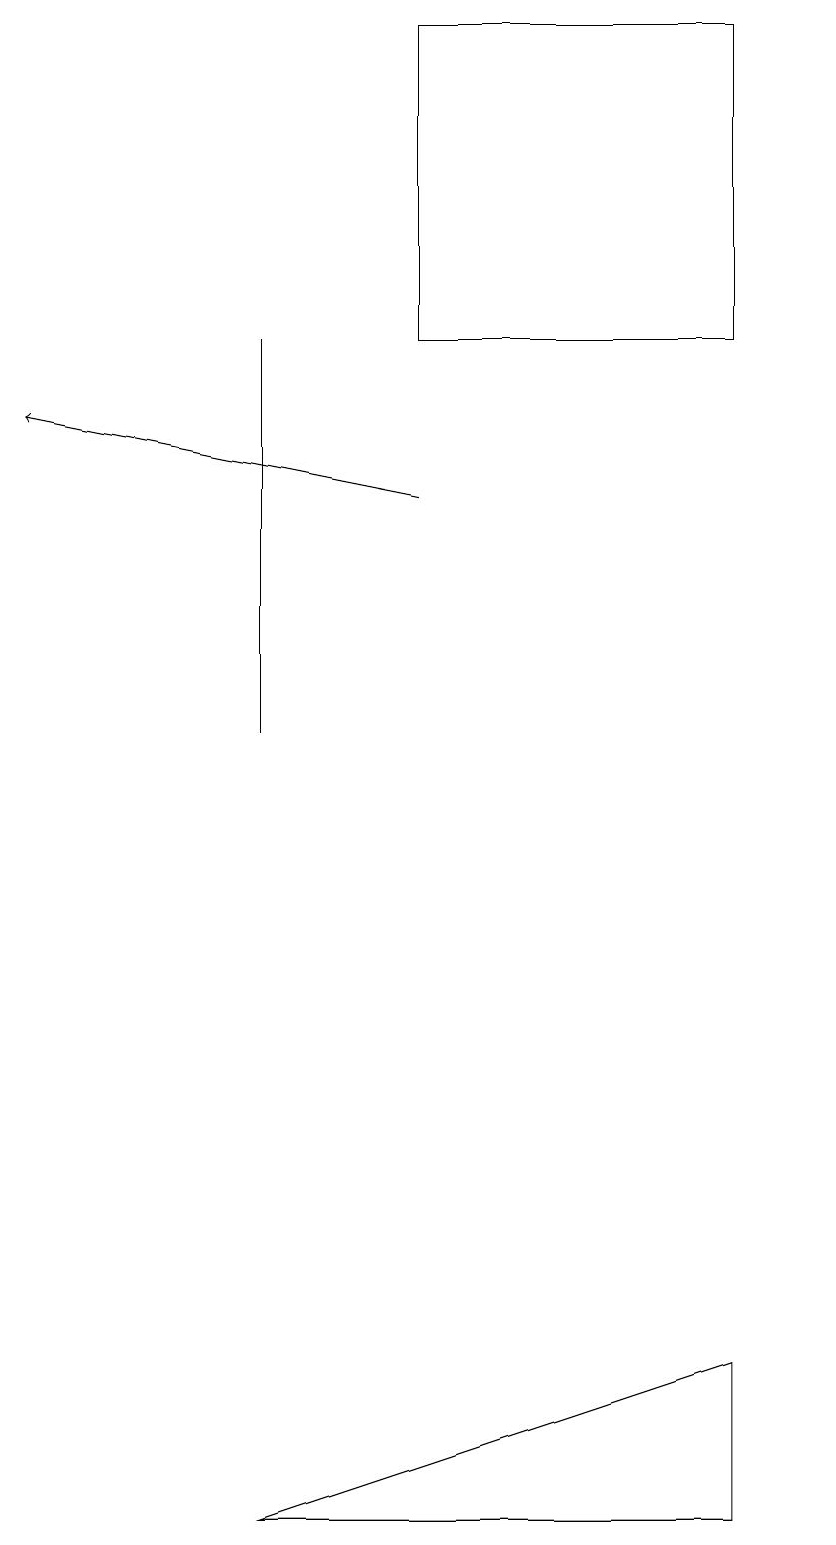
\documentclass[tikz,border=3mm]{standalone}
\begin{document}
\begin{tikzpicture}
\draw[->] (5,13) -- (0,14);
\draw (3,0) -- (9,0) -- (9,2) -- cycle;
\draw (5,15) rectangle (9,19);
\draw (10,10) circle (0);
\draw (3,10) rectangle (3,15);
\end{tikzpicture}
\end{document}